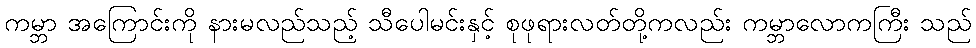
ကမ္ဘာ အကြောင်းကို နားမလည်သည့် သီပေါမင်းနှင့် စုဖုရားလတ်တို့ကလည်း ကမ္ဘာလောကကြီး သည်